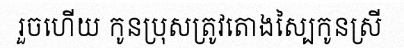
រួចហើយ កូនប្រុសត្រូវតោងស្បៃកូនស្រី